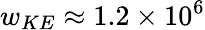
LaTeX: w_{KE}\approx 1.2\times 10^{6}